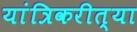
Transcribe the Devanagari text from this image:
यांत्रिकरीत्या